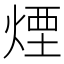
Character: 煙